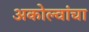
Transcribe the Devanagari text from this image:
अकोल्वांचा